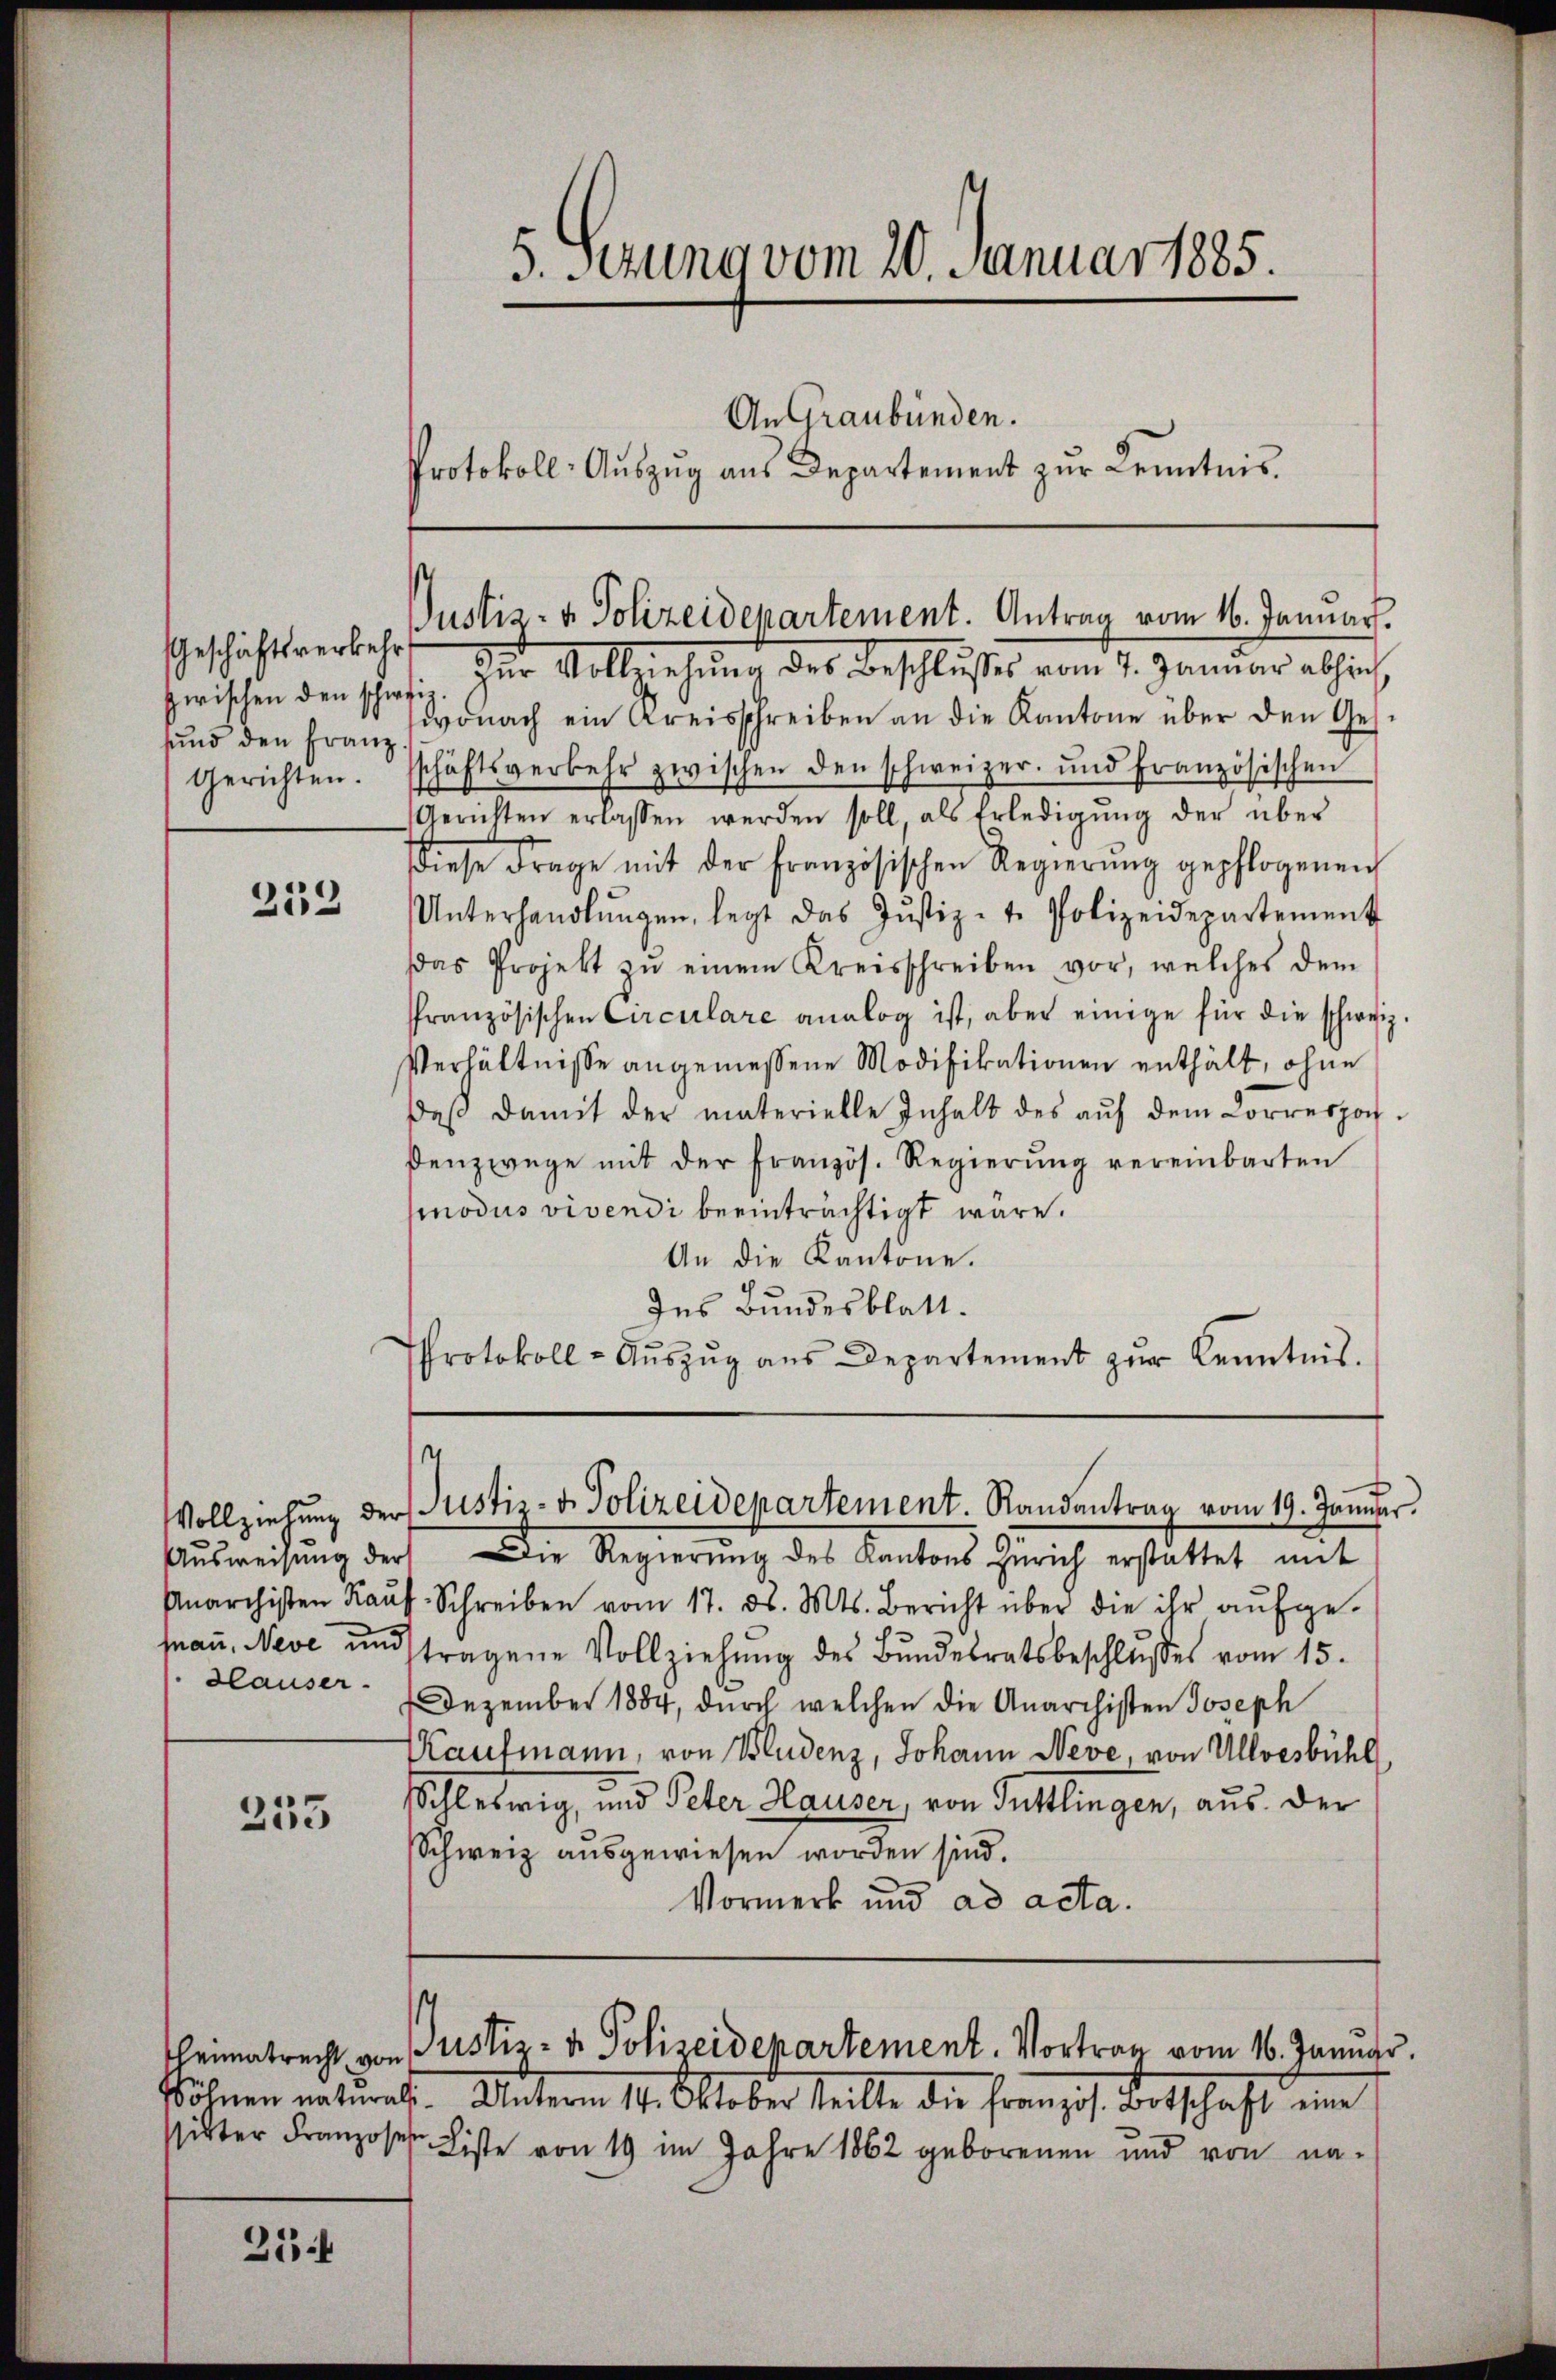
Geschäftsverkehr
sund den Franz.
Gerichten.

253

Klauser

253

213 f

zwischen den schaft zur Vollziehung des Beschlusses vom 1. Januar absich
wonach ein Kreisschreiben an die Kantone über den Ges.
schäftsverkehr zwischen den schweizer- und französischen
Gerichten erlassen werden soll, als Erledigŭng der über
diese Frage mit der französischen Regierŭng gepflogenen
Unterhandlŭngen, legt das Jŭstiz-t. Polizeidepartement
das Projekt zŭ einem Kreisschreiben vor, welches dem
französischen Circulare analog ist, aber einige für die schweiz.
Verhältnisse angemessene Modifikationen enthält, ohne
daβ damit der materielle Inhalt des aŭf dem Correspon-
denzwege mit der Französ. Regierŭng vereinbarten
Modus vivendi beeinträchtigt wäre.
An die Kantone.
Ins Bundesblatt.
PProtokoll- Aŭszŭg aŭs Departement zŭr Kenntnis.

5. Setzung vom 20. Januar 1885.
An Graubünden.
Protokoll- Aŭszŭg aŭs Departement zŭr Kenntnis.

Justiz- & Polizeidepartement. Antrag vom 16. Januar.

Ausweisung der Die Regierung des Kantons Zürich erstattet mit
Anarchisten Kaŭf Schreiben vom 17. ds. Mts. Bericht über die ihr aŭfge-
aṅ, Neve und tragene Vollziehŭng des Bŭndesratsbeschlŭsses vom 15.
Dezember 1884, durch welchen die Anarchisten Joseph
Kaufmann, von Bludenz, Johann Neve, von Ulloesbühl,
Schleswig, und Peter Hauser, von Tuttlingen, aus. Der
Schweiz ausgewiesen worden sind.
Vormerk und ad acta.

1
Vollziehŭng der Justiz- & Polizeidepartement. Randantrag vom 19. Januar.

Söhnen entwach. Unterm 14. Oktober teilte die Französ. Botschaft eine
sitter Franzosen Liste von 19 im Jahre 1862 geborenen und von na-

heimatrecht von Justiz- & Polizeidepartement. Vortrag vom 16. Januar.